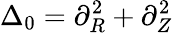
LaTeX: \Delta_{0}=\partial_{R}^{2}+\partial_{Z}^{2}